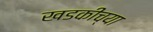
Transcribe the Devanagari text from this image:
खडकीच्या